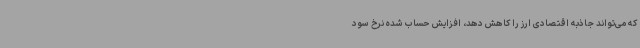
که می‌تواند جاذبه اقتصادی ارز را کاهش دهد، افزایش حساب شده نرخ سود